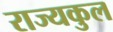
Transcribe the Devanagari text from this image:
राज्यकुल